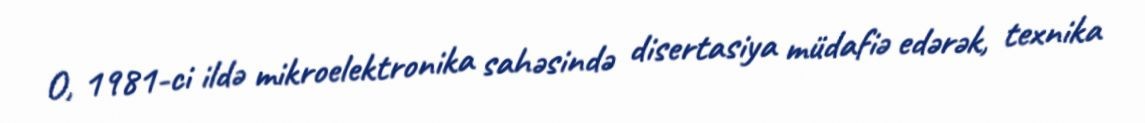
O, 1981-ci ildə mikroelektronika sahəsində disertasiya müdafiə edərək, texnika